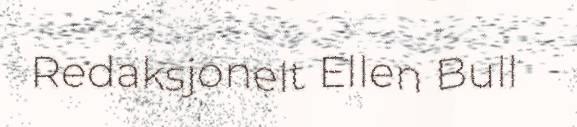
Redaksjonelt Ellen Bull